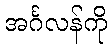
အင်္ဂလန်ကို